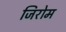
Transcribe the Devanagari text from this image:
जिरोम